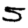
Digit: 5